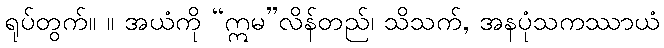
ရုပ်တွက်။ ။ အယံကို “ဣမ”လိန်တည်၊ သိသက်, အနပုံသကဿာယံ